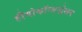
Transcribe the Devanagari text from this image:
हीमोकॉन्सन्ट्रेशन